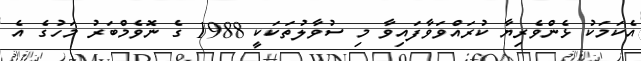
އެކަމަކު ޅެންވެރިޔާ ކުރައްވަވާފައިވާ މި ސުވާލުތަކަކީ 1988 ގެ ނޮވެމްބަރު މަހުގެ އެ